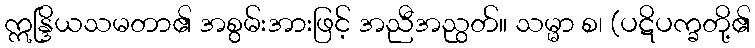
ဣန္ဒြိယသမတာ၏ အစွမ်းအားဖြင့် အညီအညွတ်။ သမ္မာ စ၊ (ပဋိပက္ခတို့၏